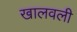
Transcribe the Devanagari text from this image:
खालवली